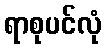
ရာစုပင်လုံ